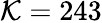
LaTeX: \mathcal{K}=243